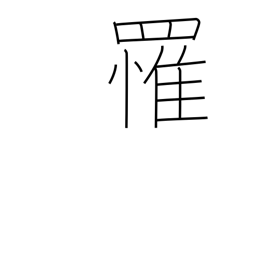
Meaning: catch